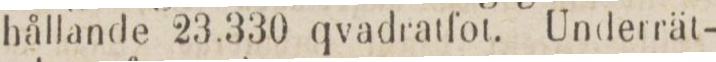
hållande 23.330 qvadratfot. Underrät-